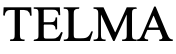
TELMA